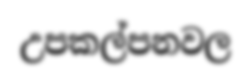
උපකල්පනවල